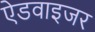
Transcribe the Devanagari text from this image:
ऐडवाइजर